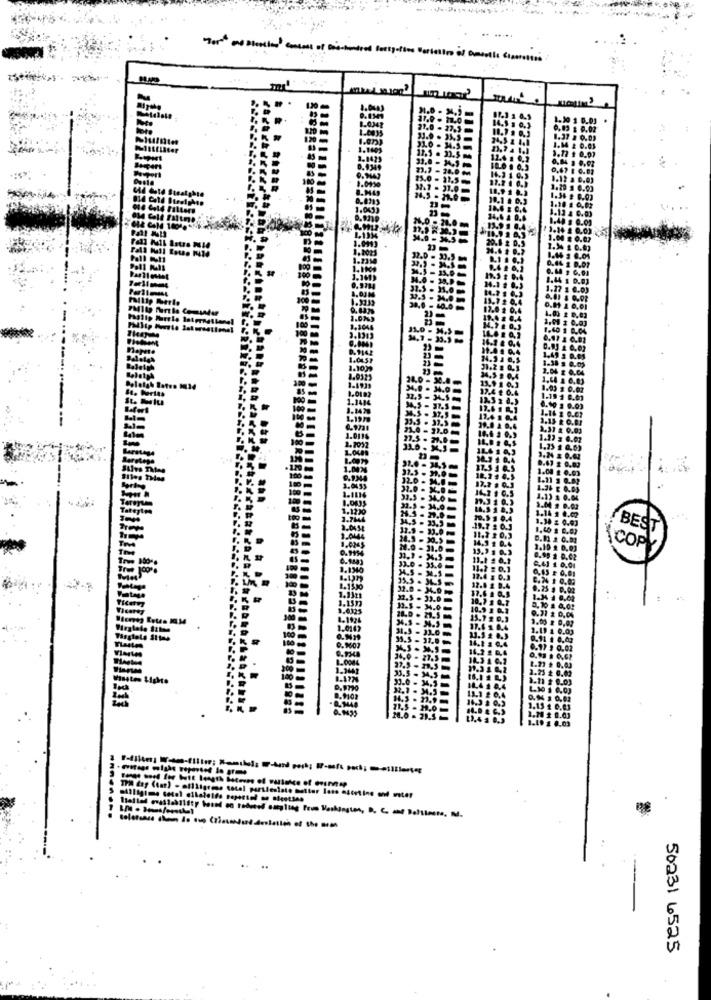
Laus Nie
BEST
1.132
1.0004
1.172
This day (tat) - oilligress total partlesiste mutter less ascetine und unter
50231 6525